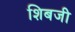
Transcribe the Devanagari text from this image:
शिबजी